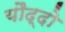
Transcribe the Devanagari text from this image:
यौद्दो